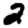
Digit: 2